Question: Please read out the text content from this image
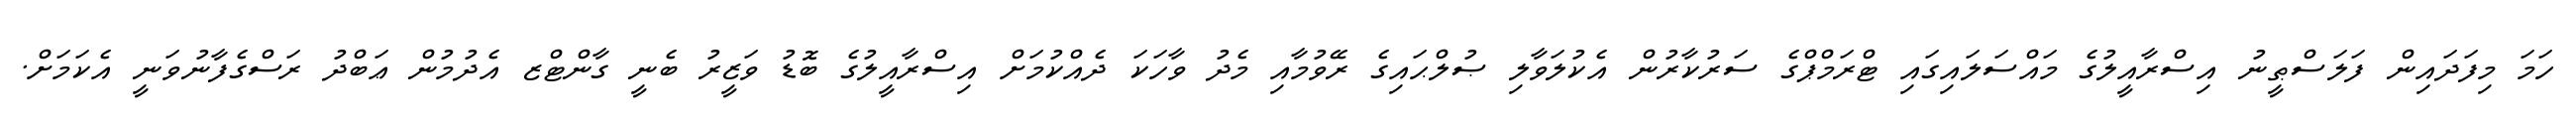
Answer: ހަމަ މިފަދައިން ފަލަސްޠީނު އިސްރާއީލުގެ މައްސަލައިގައި ޓްރަމްޕްގެ ސަރުކާރުން އެކުލަވާލި ޞުލްޙައިގެ ރޭވުމާއި މެދު ވާހަކަ ދެއްކުމަށް އިސްރާއީލުގެ ބޮޑު ވަޒީރު ބެނީ ގާންޓްޒ އެދުމުން ޢަބްދު ރަސްގެފާނުވަނީ އެކަމަށް.